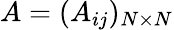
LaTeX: A=(A_{ij})_{N\times N}